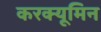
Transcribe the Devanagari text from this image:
करक्यूमिन